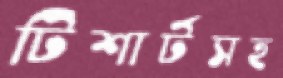
টিশার্টসহ